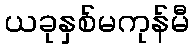
ယခုနှစ်မကုန်မီ